Code of medical and sanitary regulations for the guidance of medical officers serving in the Madras Presidency - Volume I
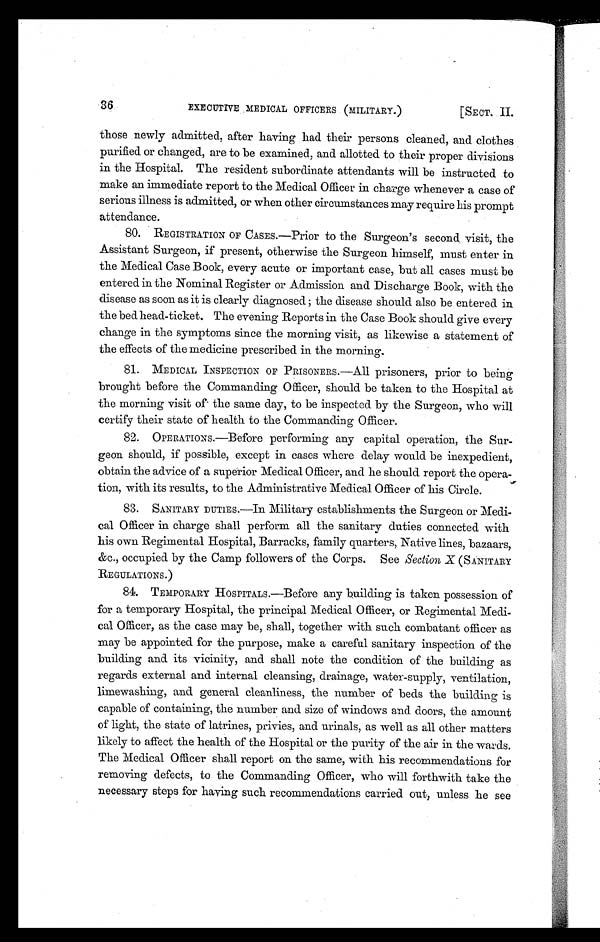
36
EXECUTIVE MEDICAL OFFICERS (MILITARY.)
[SECT. II.
those newly admitted, after having had their persons cleaned, and clothes
purified or changed, are to be examined, and allotted to their proper divisions
in the Hospital. The resident subordinate attendants will be instructed to
make an immediate report to the Medical Officer in charge whenever a case of
serious illness is admitted, or when other circumstances may require his prompt
attendance.
80. REGISTRATION OF CASES.—Prior to the Surgeon's second visit, the
Assistant Surgeon, if present, otherwise the Surgeon himself, must enter in
the Medical Case Book, every acute or important case, but all cases must be
entered in the Nominal Register or Admission and Discharge Book, with the
disease as soon as it is clearly diagnosed ; the disease should also be entered in
the bed head-ticket. The evening Reports in the Case Book should give every
change in the symptoms since the morning visit, as likewise a statement of
the effects of the medicine prescribed in the morning.
81. MEDICAL INSPECTION OF PRISONERS.-All prisoners, prior to being
brought before the Commanding Officer, should be taken to the Hospital at
the morning visit of the same day, to be inspected by the Surgeon, who will
certify their state of health to the Commanding Officer.
82. OPERATIONS.—Before performing any capital operation, the Sur-
geon should, if possible, except in cases where delay would be inexpedient,
obtain the advice of a superior Medical Officer, and he should report the opera-
tion, with its results, to the Administrative Medical Officer of his Circle.
83. SANITARY DUTIES.—In Military establishments the Surgeon or Medi-
cal Officer in charge shall perform all the sanitary duties connected with
his own Regimental Hospital, Barracks, family quarters, Native lines, bazaars,
&c., occupied by the Camp followers of the Corps. See Section X (SANITARY
REGULATIONS.)
84. TEMPORARY HOSPITALS.—Before any building is taken possession of
for a temporary Hospital, the principal Medical Officer, or Regimental Medi-
cal Officer, as the case may be, shall, together with such combatant officer as
may be appointed for the purpose, make a careful sanitary inspection of the
building and its vicinity, and shall note the condition of the building as
regards external and internal cleansing, drainage, water-supply, ventilation,
limewashing, and general cleanliness, the number of beds the building is
capable of containing, the number and size of windows and doors, the amount
of light, the state of latrines, privies, and urinals, as well as all other matters
likely to affect the health of the Hospital or the purity of the air in the wards.
The Medical Officer shall report on the same, with his recommendations for
removing defects, to the Commanding Officer, who will forthwith take the
necessary steps for having such recommendations carried out, unless he see